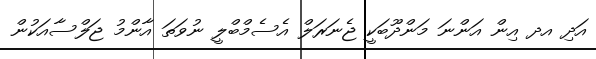
އަދި އދ އިން އަންނަ މަންދޫބަކީ ޖެނަރަލް އެސެމްބްލީ ނުވަތަ އާންމު ޖަލްސާއަކުން